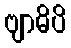
ဗျာဓိပိ